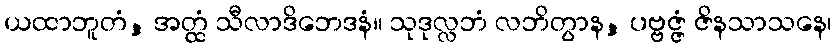
ယထာဘူတံ, အတ္ထံ သီလာဒိဘေဒနံ။ သုဒုလ္လဘံ လဘိတွာန, ပဗ္ဗဇ္ဇံ ဇိနသာသနေ၊